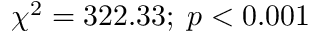
\chi ^ { 2 } = 3 2 2 . 3 3 ; \; p < 0 . 0 0 1